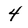
Character: 4